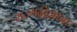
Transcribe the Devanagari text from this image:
राज्यद्रोह्यांना